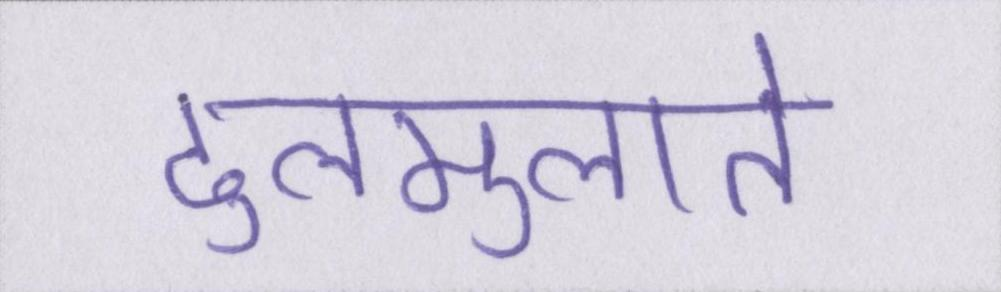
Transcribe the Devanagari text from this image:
ढुलमुलाते